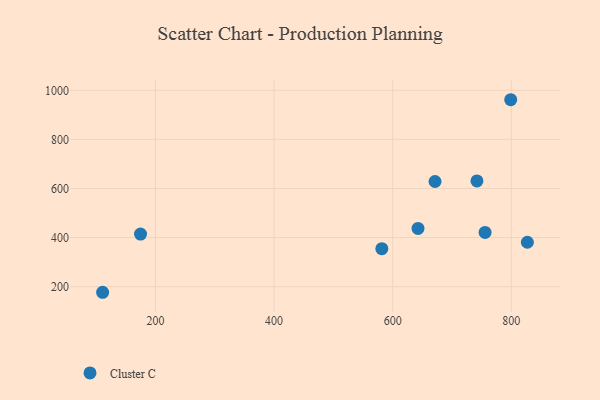
{"axis": {"x": "Investment", "y": "Sales"}, "legend": ["Cluster C"], "data": [{"x": "581.7", "y": 354.8, "type": "Cluster C"}, {"x": "671.4", "y": 628.4, "type": "Cluster C"}, {"x": "174.9", "y": 414.3, "type": "Cluster C"}, {"x": "755.8", "y": 421.0, "type": "Cluster C"}, {"x": "799.0", "y": 961.6, "type": "Cluster C"}, {"x": "742.1", "y": 630.7, "type": "Cluster C"}, {"x": "111.0", "y": 177.2, "type": "Cluster C"}, {"x": "827.1", "y": 380.9, "type": "Cluster C"}, {"x": "642.7", "y": 437.2, "type": "Cluster C"}]}